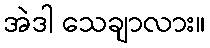
အဲဒါ သေချာလား။